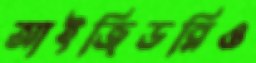
আইজিডব্লিও